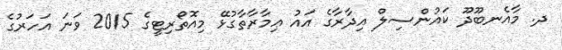
ދ. މާއެނބޫދޫ ކައުންސިލް އިދާރާގެ އައު ޢިމާރާތާގުޅޭ މިއޮތޯރިޓީގެ 2015 ވަނަ އަހަރުގެ